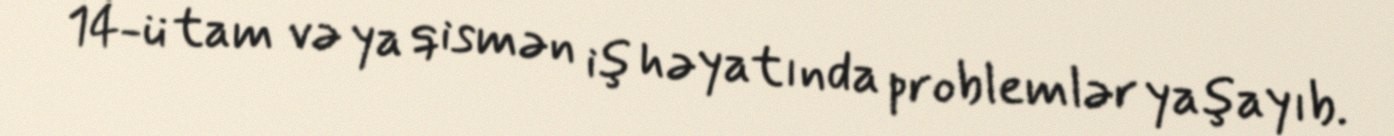
14-ü tam və ya qismən iş həyatında problemlər yaşayıb.